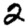
Digit: 2